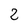
Character: 2